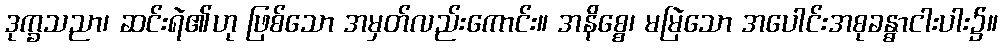
ဒုက္ခသညာ၊ ဆင်းရဲ၏ဟု ဖြစ်သော အမှတ်လည်းကောင်း။ အနိစ္စေ၊ မမြဲသော အပေါင်းအစုခန္ဓာငါးပါး၌။